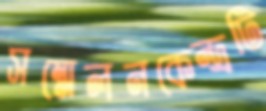
সম্মেলনকেন্দ্রটি